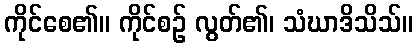
ကိုင်စေ၏။ ကိုင်စဉ် လွတ်၏၊ သံဃာဒိသိသ်။